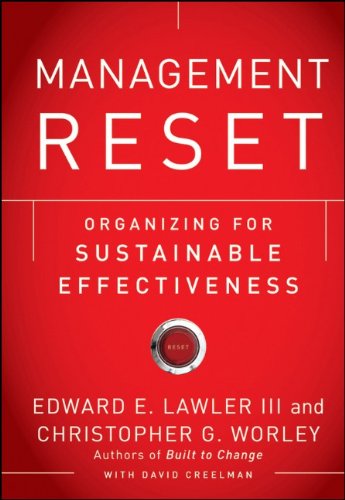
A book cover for Management Reset: Organizing for Sustainable Effectiveness; Edward E. Lawler III; Business & Money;